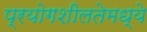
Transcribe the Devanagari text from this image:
प्रयोगशीलतेमध्ये